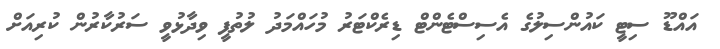
އައްޑޫ ސިޓީ ކައުންސިލުގެ އެސިސްޓެންޓް ޑިރެކްޓަރު މުހައްމަދު ލުތުފީ ވިދާޅުވީ ސަރުކާރުން ކުރިއަށް